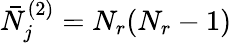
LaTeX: \bar{N}_{j}^{(2)}=N_{r}(N_{r}-1)